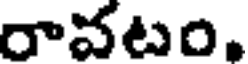
రావటం.